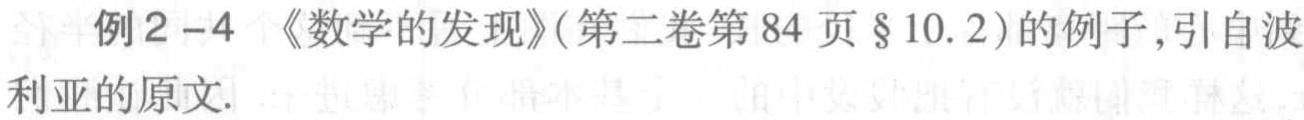
例2 - 4《数学的发现》(第二卷第84页§10.2)的例子,引自波利亚的原文.